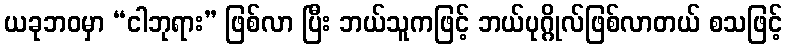
ယခုဘဝမှာ “ငါဘုရား” ဖြစ်လာ ပြီး ဘယ်သူကဖြင့် ဘယ်ပုဂ္ဂိုလ်ဖြစ်လာတယ် စသဖြင့်